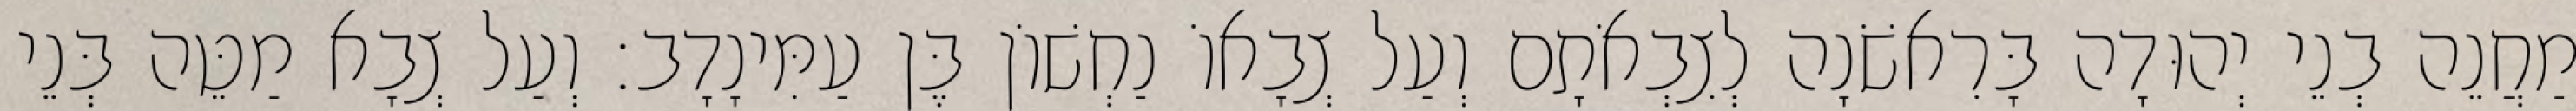
מַחֲנֵה בְנֵי יְהוּדָה בָּרִאשֹׁנָה לְצִבְאֹתָם וְעַל צְבָאוֹ נַחְשׁוֹן בֶּן עַמִּינָדָב׃ וְעַל צְבָא מַטֵּה בְּנֵי